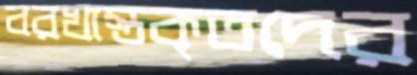
বরখাস্তকৃতদের